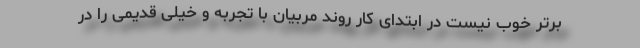
برتر خوب نیست در ابتدای کار روند مربیان با تجربه و خیلی قدیمی را در